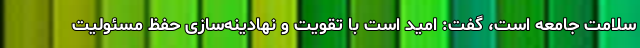
سلامت جامعه است، گفت: امید است با تقویت و نهادینه‌سازی حفظ مسئولیت